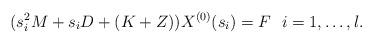
LaTeX: \begin{align*}(s_{i}^{2}M+s_{i}D+ (K+ Z)) X^{(0)}(s_{i})&= F \ \ i = 1,\ldots,l.\end{align*}